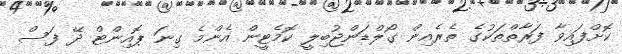
ކޮށްފައިވާ ފަރާތްތަކުގެ ތެރެއިން ގޯލްޑަންޖުބިލީ ކޮމެޓީން އެންމެ ގިނަ ޕޮއިންޓް ދޭ ފަސް